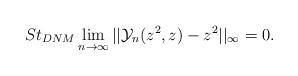
LaTeX: \begin{align*} St_{DNM}\lim_{n\rightarrow \infty}||\mathcal{Y}_{n}(z^{2},z)-z^{2}||_{\infty}=0.\\ \end{align*}